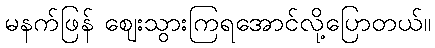
မနက်ဖြန် ဈေးသွားကြရအောင်လို့ပြောတယ်။